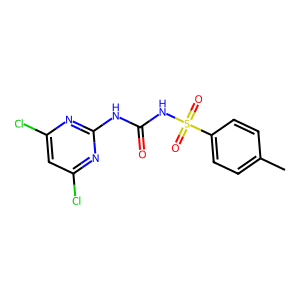
SMILES: Cc1ccc(S(=O)(=O)NC(=O)Nc2nc(Cl)cc(Cl)n2)cc1
Inhibits HIV replication: No